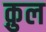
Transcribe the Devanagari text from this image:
क़ुल